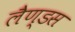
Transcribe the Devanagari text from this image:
लैण्डस